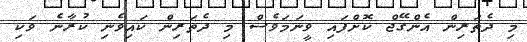
މި ދެތަރިން އެންގޭޖް ކޮށްފައި ވީނަމަވެސް މި ދެތަރިން ކައިވެނި ކުރާނެ ވަކި